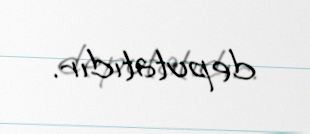
deputatıdır.